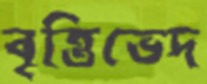
বৃত্তিভেদ